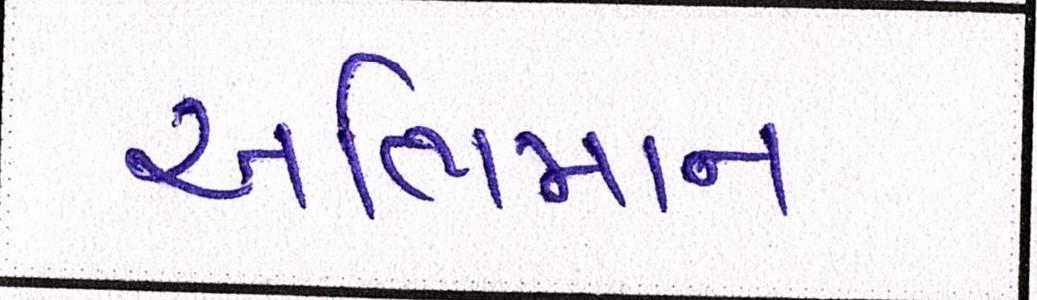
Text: અભિમાન